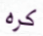
كره